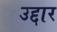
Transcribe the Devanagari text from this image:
उद्दार